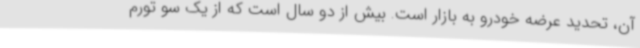
آن، تحدید عرضه خودرو به بازار است. بیش از دو سال است که از یک سو تورم